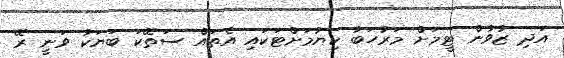
އަދި ޒުވާން ޓީމަށް މަރުހަބާ ކިޔުމަށްޓަކައި އެތައް ސަތޭކަ ބަޔަކު ވަނީ ރޭ